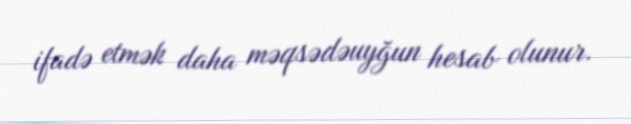
ifadə etmək daha məqsədəuyğun hesab olunur.